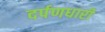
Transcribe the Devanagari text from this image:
दर्पणधारी